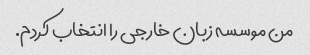
من موسسه زبان خارجی را انتخاب کردم.